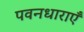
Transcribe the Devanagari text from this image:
पवनधाराएँ